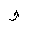
Letter: _waw